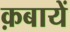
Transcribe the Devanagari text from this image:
क़बायें